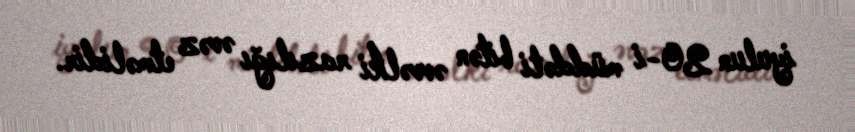
iyulun 20-i müddəti bitən əvvəlki razılığı əvəz etməlidir.